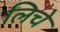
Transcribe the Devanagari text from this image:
लिचे